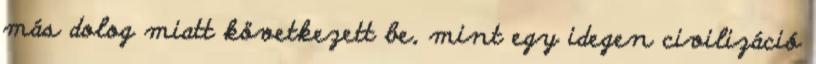
más dolog miatt következett be, mint egy idegen civilizáció